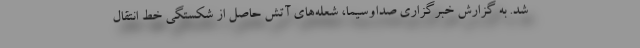
شد. به گزارش خبرگزاری صداوسیما، شعله‌های آتش حاصل از شکستگی خط انتقال